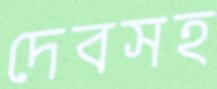
দেবসহ